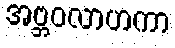
အဗ္ဘဝလာဟကာ